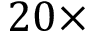
2 0 \times